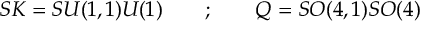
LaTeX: { \cal S K } = { \o { S U ( 1 , 1 ) } { U ( 1 ) } } \quad \quad ; \quad \quad { \cal Q } = { \o { S O ( 4 , 1 ) } { S O ( 4 ) } }